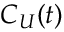
C _ { U } ( t )